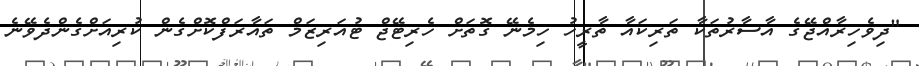
"ދިވެހިރާއްޖޭގެ އާސާރުތަކާ ތަރިކައާ ތާރީހު ހިމެނޭ ގޮތަށް ހެރިޓޭޖް ޓުއަރިޒަމް ތައާރަފްކޮށްގެން ކުރިއަށްގެންދެވޭނެ